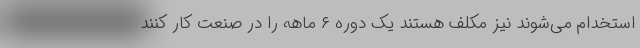
استخدام می‌شوند نیز مکلف هستند یک دوره ۶ ماهه را در صنعت کار کنند